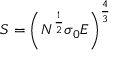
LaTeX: S = \left( N ^ { \frac { 1 } { 2 } } \sigma _ { 0 } E \right) ^ { \frac { 4 } { 3 } }